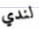
لندي